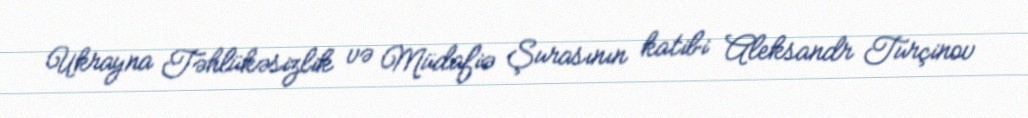
Ukrayna Təhlükəsizlik və Müdafiə Şurasının katibi Aleksandr Turçinov